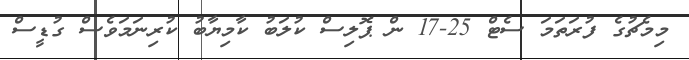
މިމެޗުގެ ފުރަތަމަ ސެޓް 25-17 ން ޕޮލިސް ކުލަބު ކާމިޔާބު ކުރިނަމަވެސް ގުޑީސް